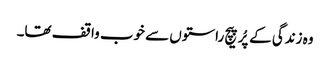
وہ زندگی کے پُرپیچ راستوں سے خوب واقف تھا۔